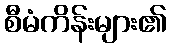
စီမံကိန်းများ၏